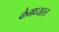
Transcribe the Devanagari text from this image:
केमध्यस्त